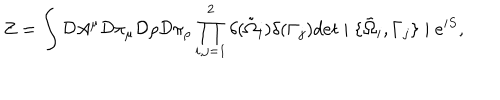
Z = \int { \cal D } A ^ { \mu } { \cal D } \pi _ { \mu } { \cal D } \rho { \cal D } \pi _ { \rho } \prod _ { i , j = 1 } ^ { 2 } \delta ( \tilde { \Omega } _ { i } ) \delta ( \Gamma _ { j } ) d e t \mid \{ \tilde { \Omega } _ { i } , \Gamma _ { j } \} \mid e ^ { i S } ,